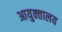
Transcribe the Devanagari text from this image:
आयुक्‍तालय